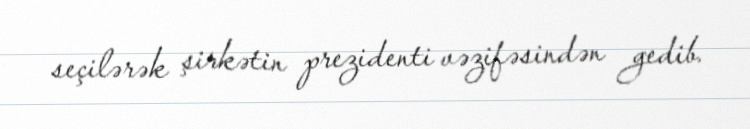
seçilərək şirkətin prezidenti vəzifəsindən gedib.